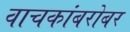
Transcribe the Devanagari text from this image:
वाचकांबरोबर